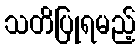
သတိပြုရမည့်